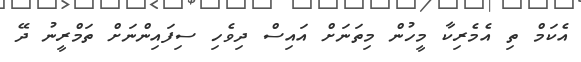
އެކަމް ތި އެމެރިކާ މީހުން މިތަނަށް އައިސް ދިވެހި ސިފައިންނަށް ތަމްރީނު ދޭ